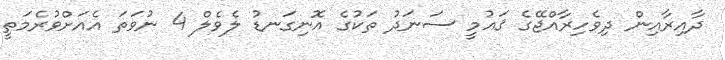
ދާއިރާއިން ދިވެހިރާއްޖޭގެ ޤައުމީ ސަނަދު ތަކުގެ އޮނިގަނޑު ލެވެލް 4 ނުވަތަ އެއަށްވުރެމަތީ